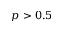
p > 0 . 5